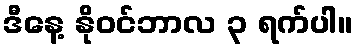
ဒီနေ့ နိုဝင်ဘာလ ၃ ရက်ပါ။